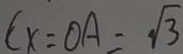
C x = O A = \sqrt { 3 }